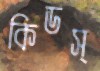
কিডস্